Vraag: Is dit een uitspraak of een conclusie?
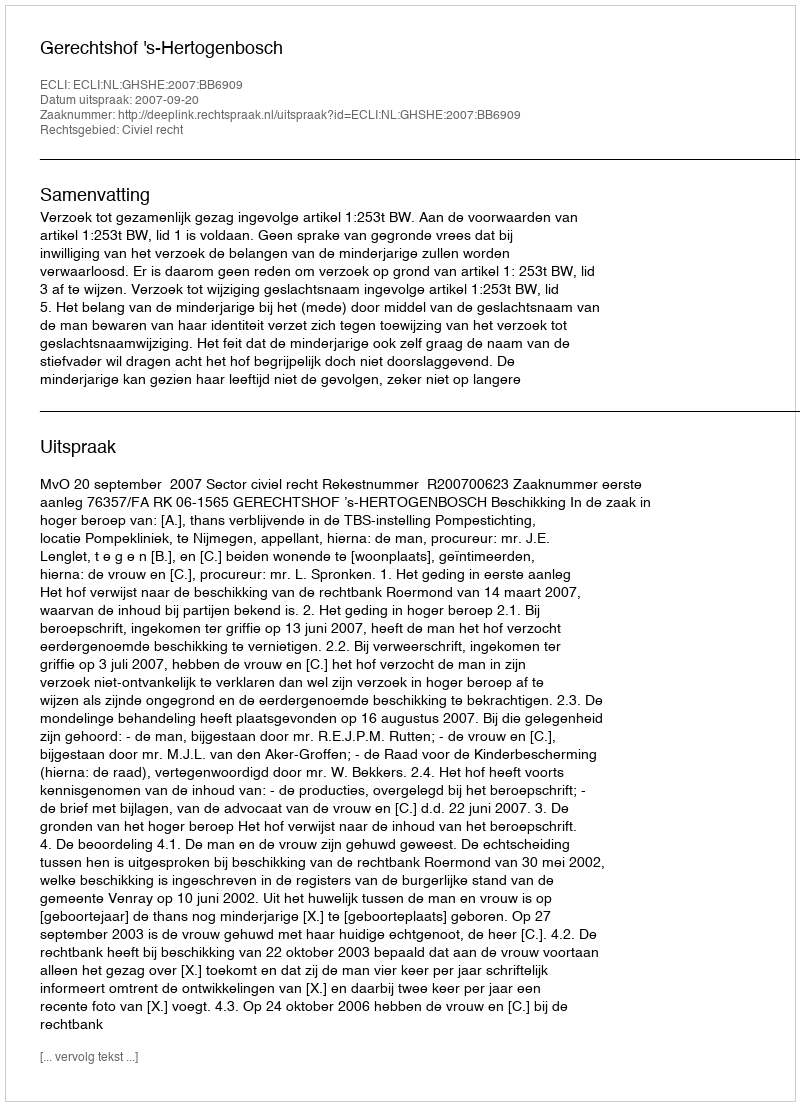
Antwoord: Uitspraak